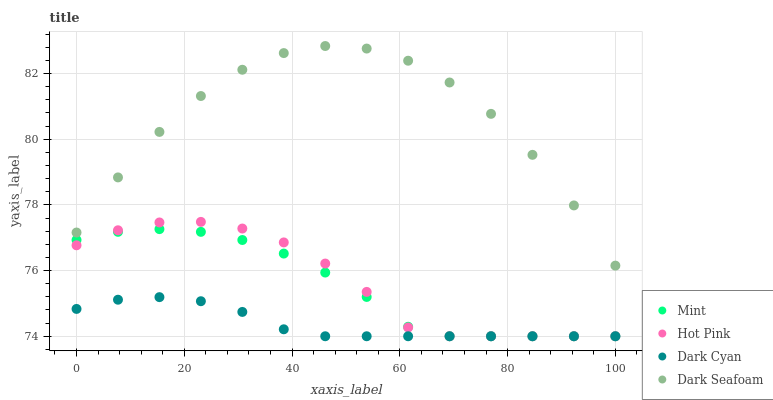
| xaxis_label | Mint | Hot Pink | Dark Cyan | Dark Seafoam |
 | --- | --- | --- | --- | --- |
 | 0 | 76.9 | 76.8 | 74.8 | 77.2 |
 | 7.69 | 77.2 | 77.2 | 75.1 | 78.8 |
 | 15.4 | 77.3 | 77.5 | 75.2 | 80.2 |
 | 23.1 | 77.2 | 77.5 | 75.1 | 81.3 |
 | 30.8 | 76.9 | 77.3 | 74.7 | 82.1 |
 | 38.5 | 76.5 | 76.9 | 74.2 | 82.6 |
 | 46.2 | 75.9 | 76.2 | 74 | 82.8 |
 | 53.8 | 75.2 | 75.4 | 74 | 82.8 |
 | 61.5 | 74.3 | 74.3 | 74 | 82.4 |
 | 69.2 | 74 | 74 | 74 | 81.7 |
 | 76.9 | 74 | 74 | 74 | 80.8 |
 | 84.6 | 74 | 74 | 74 | 79.5 |
 | 92.3 | 74 | 74 | 74 | 78 |
 | 100 | 74 | 74 | 74 | 76.2 |